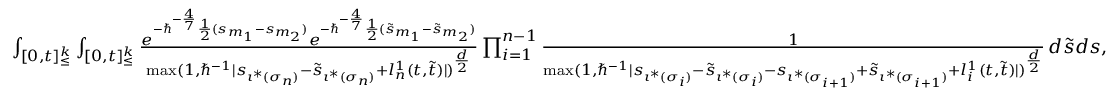
\begin{array} { r } { \int _ { [ 0 , t ] _ { \leq } ^ { k } } \int _ { [ 0 , t ] _ { \leq } ^ { k } } \frac { e ^ { - \hbar ^ { - \frac { 4 } { 7 } } \frac { 1 } { 2 } ( s _ { m _ { 1 } } - s _ { m _ { 2 } } ) } e ^ { - \hbar ^ { - \frac { 4 } { 7 } } \frac { 1 } { 2 } ( \tilde { s } _ { m _ { 1 } } - \tilde { s } _ { m _ { 2 } } ) } } { \operatorname* { m a x } ( 1 , \hbar ^ { - 1 } | s _ { \iota ^ { * } ( \sigma _ { n } ) } - \tilde { s } _ { \iota ^ { * } ( \sigma _ { n } ) } + l _ { n } ^ { 1 } ( \boldsymbol { t } , \boldsymbol { \tilde { t } } ) | ) ^ { \frac { d } { 2 } } } \prod _ { i = 1 } ^ { n - 1 } \frac { 1 } { \operatorname* { m a x } ( 1 , \hbar ^ { - 1 } | s _ { \iota ^ { * } ( \sigma _ { i } ) } - \tilde { s } _ { \iota ^ { * } ( \sigma _ { i } ) } - s _ { \iota ^ { * } ( \sigma _ { i + 1 } ) } + \tilde { s } _ { \iota ^ { * } ( \sigma _ { i + 1 } ) } + l _ { i } ^ { 1 } ( \boldsymbol { t } , \boldsymbol { \tilde { t } } ) | ) ^ { \frac { d } { 2 } } } \, d \boldsymbol { \tilde { s } } d \boldsymbol { s } , } \end{array}